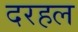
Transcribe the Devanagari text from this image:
दरहल